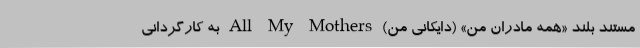
مستند بلند «همه مادران من» (دايكانی من) All My Mothers به کارگردانی